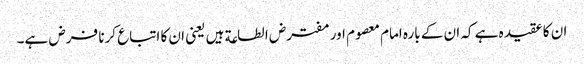
ان کا عقیدہ ہے کہ ان کے بارہ امام معصوم اور مفترض الطاعة ہیں یعنی ان کا اتباع کرنا فرض ہے۔